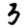
Digit: 3